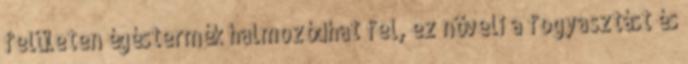
felületen égéstermék halmozódhat fel, ez növeli a fogyasztást és